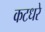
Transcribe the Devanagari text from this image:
कटधरे